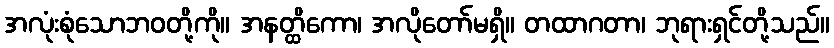
အလုံးစုံသောဘဝတို့ကို။ အနတ္ထိကော၊ အလိုတော်မရှိ။ တထာဂတာ၊ ဘုရားရှင်တို့သည်။